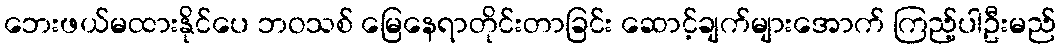
ဘေးဖယ်မထားနိုင်ပေ ဘဝသစ် မြေနေရာတိုင်းတာခြင်း ဆောင့်ချက်များအောက် ကြည့်ပါဦးမည်